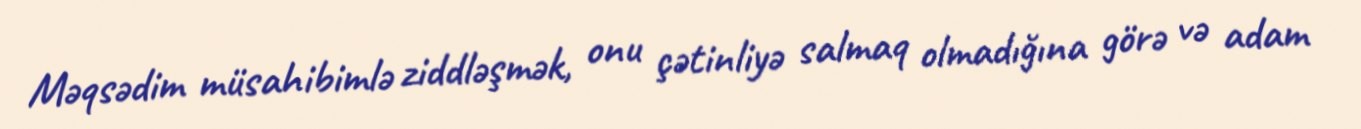
Məqsədim müsahibimlə ziddləşmək, onu çətinliyə salmaq olmadığına görə və adam